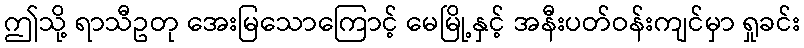
ဤသို့ ရာသီဥတု အေးမြသောကြောင့် မေမြို့နှင့် အနီးပတ်ဝန်းကျင်မှာ ရှုခင်း